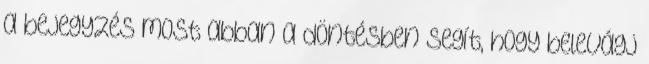
a bejegyzés most abban a döntésben segít, hogy belevágj